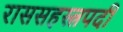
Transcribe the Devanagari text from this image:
राससहस्त्रपदी